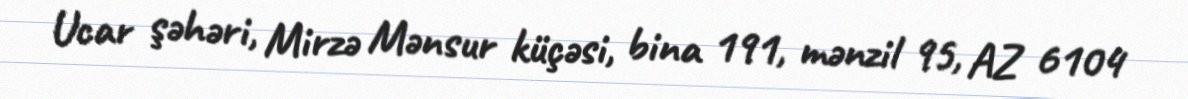
Ucar şəhəri, Mirzə Mənsur küçəsi, bina 191, mənzil 95, AZ 6104